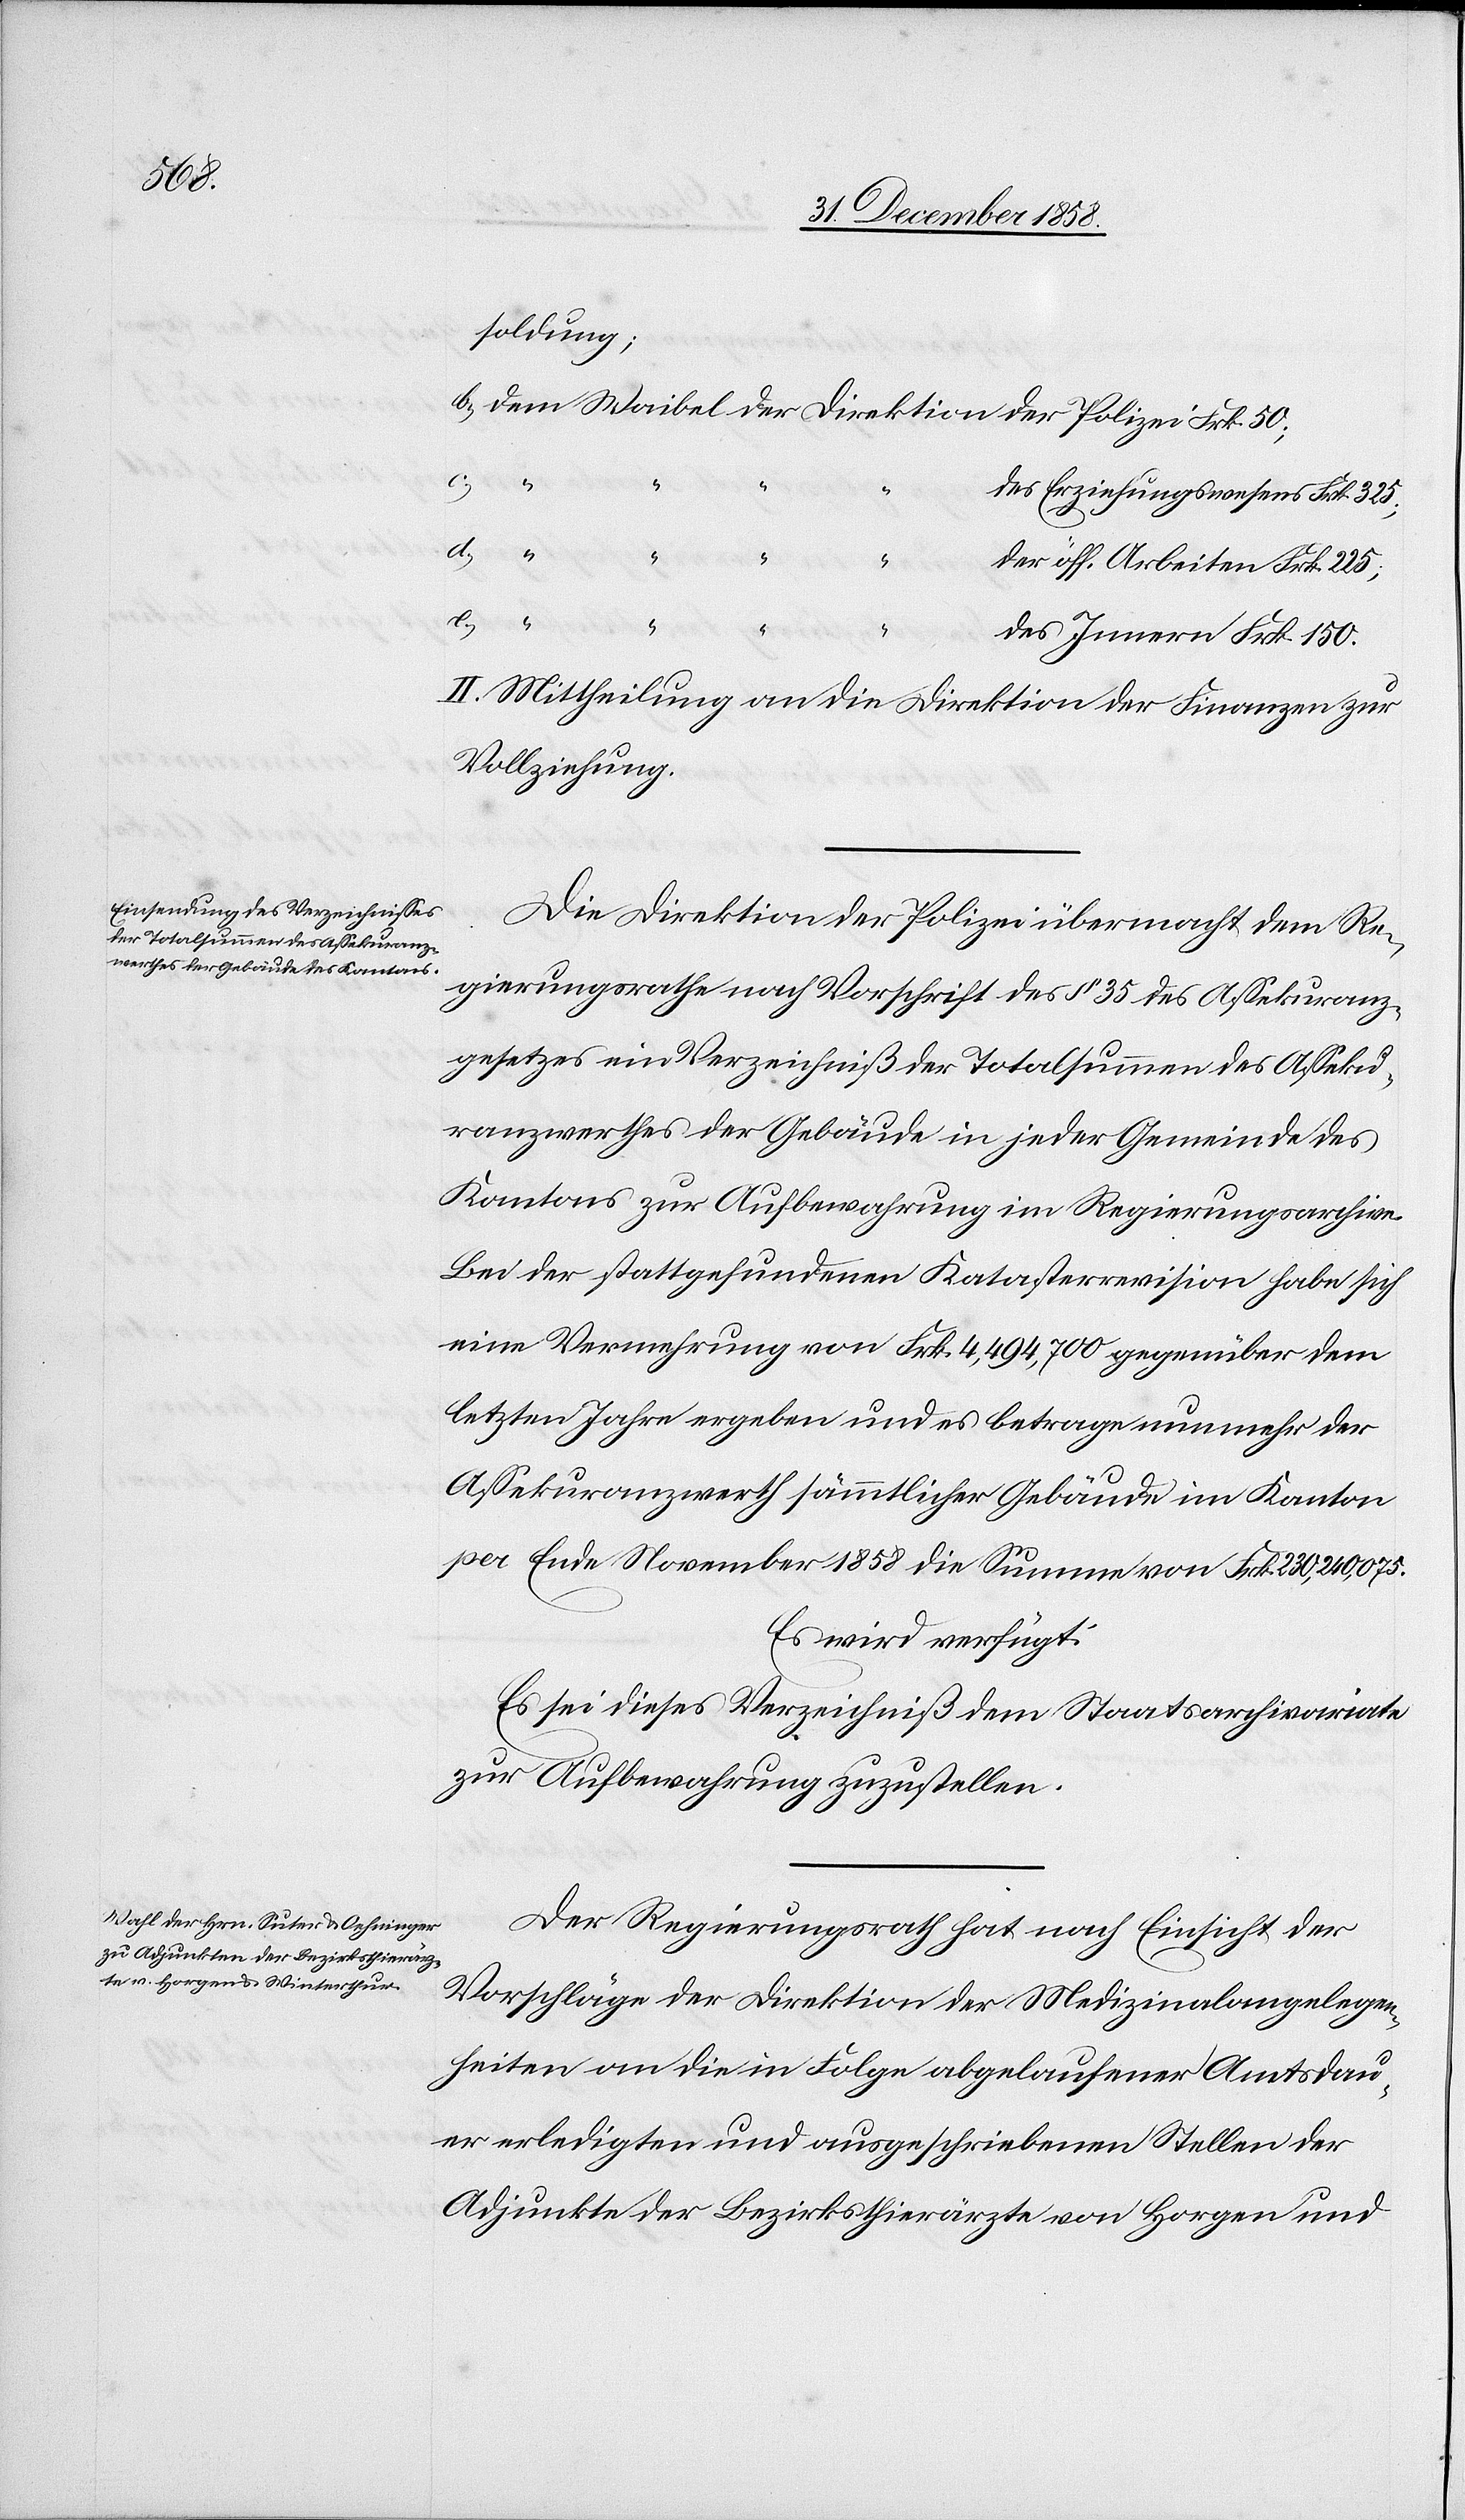
der

Dübendorf,
s.
sind.
II.